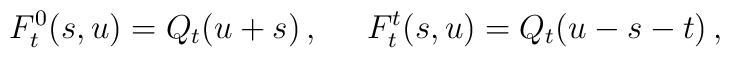
F_{t}^{0}(s,u)= Q_t (u+s)\,, \;\;\;\;\;F_{t}^{t}(s,u)=  Q_t (u-s-t)\,,